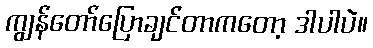
ကျွန်တော်ပြောချင်တာကတော့ ဒါပါပဲ။